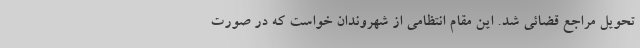
تحویل مراجع قضائی شد. این مقام انتظامی از شهروندان خواست که در صورت